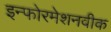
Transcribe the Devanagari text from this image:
इन्फोरमेशनवीक